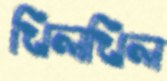
খিলখিল